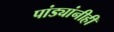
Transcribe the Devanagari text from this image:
पांड्यांनीही